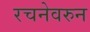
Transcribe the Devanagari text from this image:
रचनेवरुन